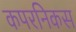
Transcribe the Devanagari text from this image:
कपरनिकस